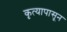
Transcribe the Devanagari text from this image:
कृत्यापासून